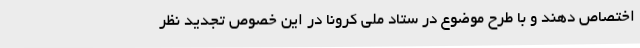
اختصاص دهند و با طرح موضوع در ستاد ملی کرونا در این خصوص تجدید نظر